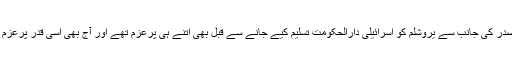
ہم صدر کی جانب سے یروشلم کو اسرائیلی دارالحکومت تسلیم کیے جانے سے قبل بھی اتنے ہی پرعزم تھے اور آج بھی اسی قدر پرعزم ہیں۔